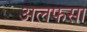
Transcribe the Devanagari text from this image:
अलफसा